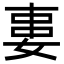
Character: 𡝽